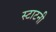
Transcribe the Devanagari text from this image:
स्टाटनी